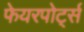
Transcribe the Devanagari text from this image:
फेयरपोर्ट्स